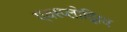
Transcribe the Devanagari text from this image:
एक्स्प्लोझिव